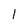
Character: l